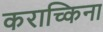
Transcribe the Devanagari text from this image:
कराच्किना